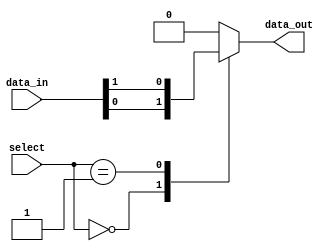
module mux_1024to1 (
    input [1023:0] data_in,
    input [9:0] select,
    output reg data_out
);

always @(*) begin
    case(select)
        0: data_out = data_in[0];
        1: data_out = data_in[1];
        // Add cases for remaining input signals
        // up to 1023
        default: data_out = 0;
    endcase
end

endmodule